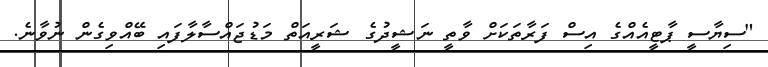
"ސިޔާސީ ޕާޓީއެއްގެ އިސް ފަރާތަކަށް ވާތީ ނަޝީދުގެ ޝަރީއަތް މަޑުޖައްސާލާފައި ބޭއްވިގެން ނުވާނެ.